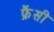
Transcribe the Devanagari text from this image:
फ्रैंसी